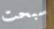
سبحت